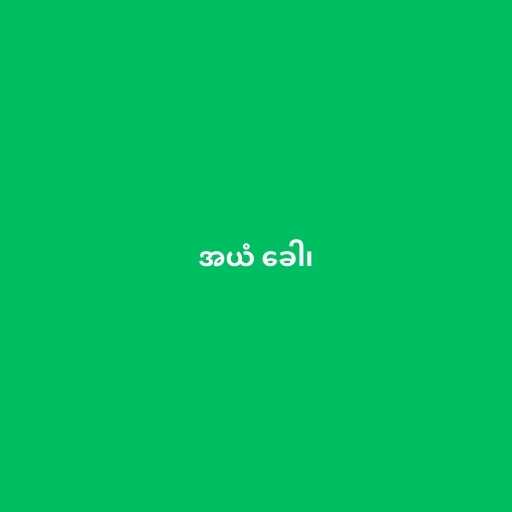
အယံ ခေါ၊